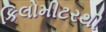
કિલોમીટરથી